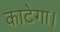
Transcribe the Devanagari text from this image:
काटेगा।